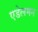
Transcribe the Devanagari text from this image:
एडेलमन